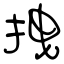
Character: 拽